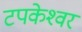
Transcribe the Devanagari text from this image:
टपकेश्‍वर